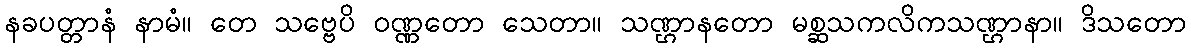
နခပတ္တာနံ နာမံ။ တေ သဗ္ဗေပိ ဝဏ္ဏတော သေတာ။ သဏ္ဌာနတော မစ္ဆသကလိကသဏ္ဌာနာ။ ဒိသတော